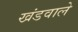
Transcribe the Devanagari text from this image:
खंडवाले